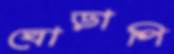
ঘোড়াপি